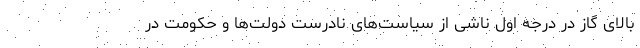
بالای گاز در درجه اول ناشی از سیاست‌های نادرست دولت‌ها و حکومت در